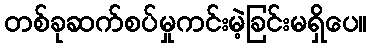
တစ်ခုဆက်စပ်မှုကင်းမဲ့ခြင်းမရှိပေ။